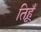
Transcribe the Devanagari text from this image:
तिहूँ